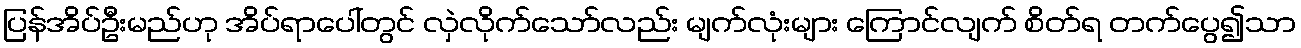
ပြန်အိပ်ဦးမည်ဟု အိပ်ရာပေါ်တွင် လှဲလိုက်သော်လည်း မျက်လုံးများ ကြောင်လျက် စိတ်ရ တက်ပွေ၍သာ